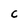
Character: C